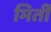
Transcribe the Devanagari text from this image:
मिर्ती